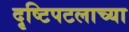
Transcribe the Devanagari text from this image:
दृष्टिपटलाच्या